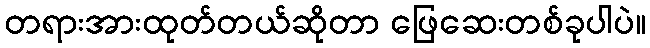
တရားအားထုတ်တယ်ဆိုတာ ဖြေဆေးတစ်ခုပါပဲ။